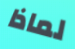
لماذا